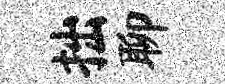
拙聊